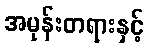
အမုန်းတရားနှင့်